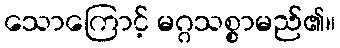
သောကြောင့် မဂ္ဂသစ္စာမည်၏။